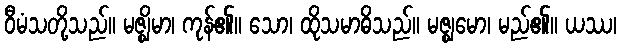
ဝီမံသတို့သည်။ မဇ္ဈိမာ၊ ကုန်၏။ သော၊ ထိုသမာဓိသည်။ မဇ္ဈမော၊ မည်၏။ ယဿ၊